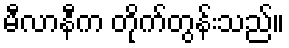
မီလာနီက တိုက်တွန်းသည်။